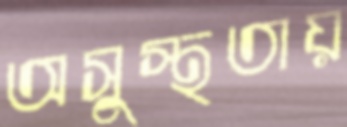
অসুস্থতায়